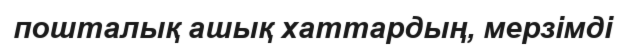
пошталық ашық хаттардың, мерзімді